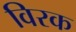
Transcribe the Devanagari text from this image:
विरक